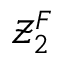
\mathcal { Z } _ { 2 } ^ { F }